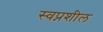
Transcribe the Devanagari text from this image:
स्वप्नशील